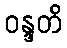
ဝန္ဒတိ